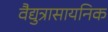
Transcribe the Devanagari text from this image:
वैद्युत्रासायनिक